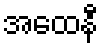
အထေနီ